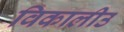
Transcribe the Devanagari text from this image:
विकालीउ